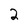
Character: 2